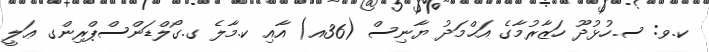
ކ.ވ: ސ.ހުޅުުދޫ ހަޒާރުމާގެ އަޙްމަދު ޔާނިސް (36އ) އާއި ކ.މާލެ ގ.ގޯލްޑަންސްޕްރިންގ ޢަލީ